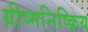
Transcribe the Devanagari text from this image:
ग्रीष्मनिष्क्रिय